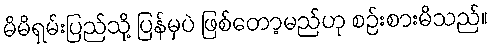
မိမိရှမ်းပြည်သို့ ပြန်မှပဲ ဖြစ်တော့မည်ဟု စဉ်းစားမိသည်။